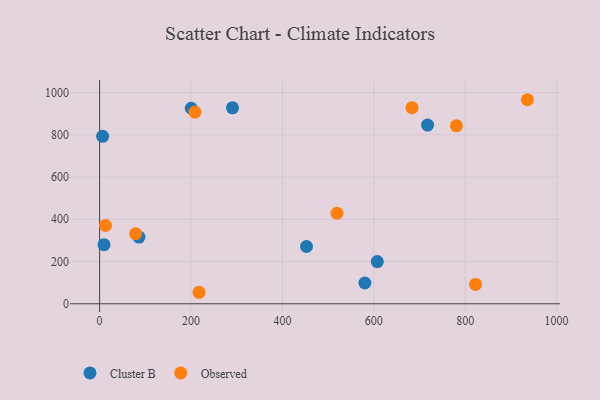
{"axis": {"x": "Ad Spend", "y": "Rating"}, "legend": ["Cluster B", "Observed"], "data": [{"x": "86.1", "y": 315.8, "type": "Cluster B"}, {"x": "580.4", "y": 98.4, "type": "Cluster B"}, {"x": "6.6", "y": 792.6, "type": "Cluster B"}, {"x": "607.6", "y": 199.7, "type": "Cluster B"}, {"x": "9.6", "y": 279.5, "type": "Cluster B"}, {"x": "717.6", "y": 846.1, "type": "Cluster B"}, {"x": "200.5", "y": 925.5, "type": "Cluster B"}, {"x": "290.8", "y": 927.7, "type": "Cluster B"}, {"x": "452.7", "y": 271.0, "type": "Cluster B"}, {"x": "519.4", "y": 428.5, "type": "Observed"}, {"x": "12.9", "y": 370.5, "type": "Observed"}, {"x": "936.0", "y": 965.9, "type": "Observed"}, {"x": "780.8", "y": 842.5, "type": "Observed"}, {"x": "208.8", "y": 907.6, "type": "Observed"}, {"x": "217.5", "y": 54.4, "type": "Observed"}, {"x": "822.6", "y": 91.5, "type": "Observed"}, {"x": "683.5", "y": 928.3, "type": "Observed"}, {"x": "78.8", "y": 331.5, "type": "Observed"}]}